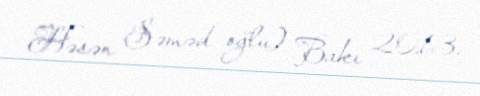
Həsən Səməd oğlu) Bakı 2013.